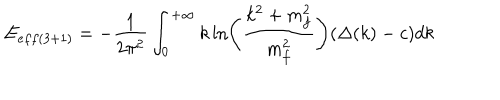
LaTeX: E _ { e f f ( 3 + 1 ) } = - \frac { 1 } { 2 \pi ^ { 2 } } \int _ { 0 } ^ { + \infty } k \ln \left( \frac { k ^ { 2 } + m _ { f } ^ { 2 } } { m _ { f } ^ { 2 } } \right) ( \Delta ( k ) - c ) d k